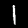
Label: 1